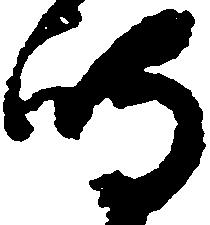
嶋